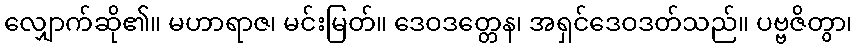
လျှောက်ဆို၏။ မဟာရာဇ၊ မင်းမြတ်။ ဒေဝဒတ္တေန၊ အရှင်ဒေဝဒတ်သည်။ ပဗ္ဗဇိတွာ၊